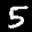
Label: 5